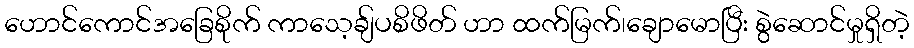
ဟောင်ကောင်အခြေစိုက် ကာသေ့ချ်ပစိဖိတ် ဟာ ထက်မြက်၊ချောမောပြီး စွဲဆောင်မှုရှိတဲ့